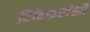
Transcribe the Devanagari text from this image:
टिकेकरांशी